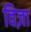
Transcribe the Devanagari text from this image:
विज़ा